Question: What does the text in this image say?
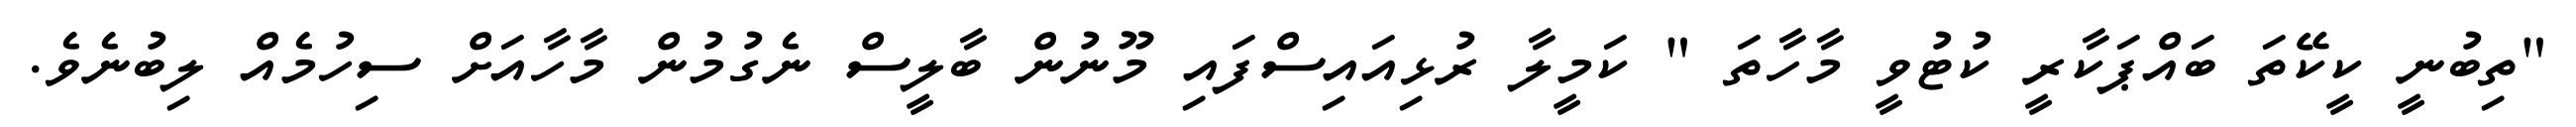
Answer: "ތިބުނީ ކީކޭތަ ބައްޕަކާރީ ކުޓުވީ މާހާތަ " ކަމީލާ ރުޅިއައިސްފައި މޫނުން ބާލީސް ނެގުމުން މާހާއަށް ސިހުމެއް ލިބުނެވެ.